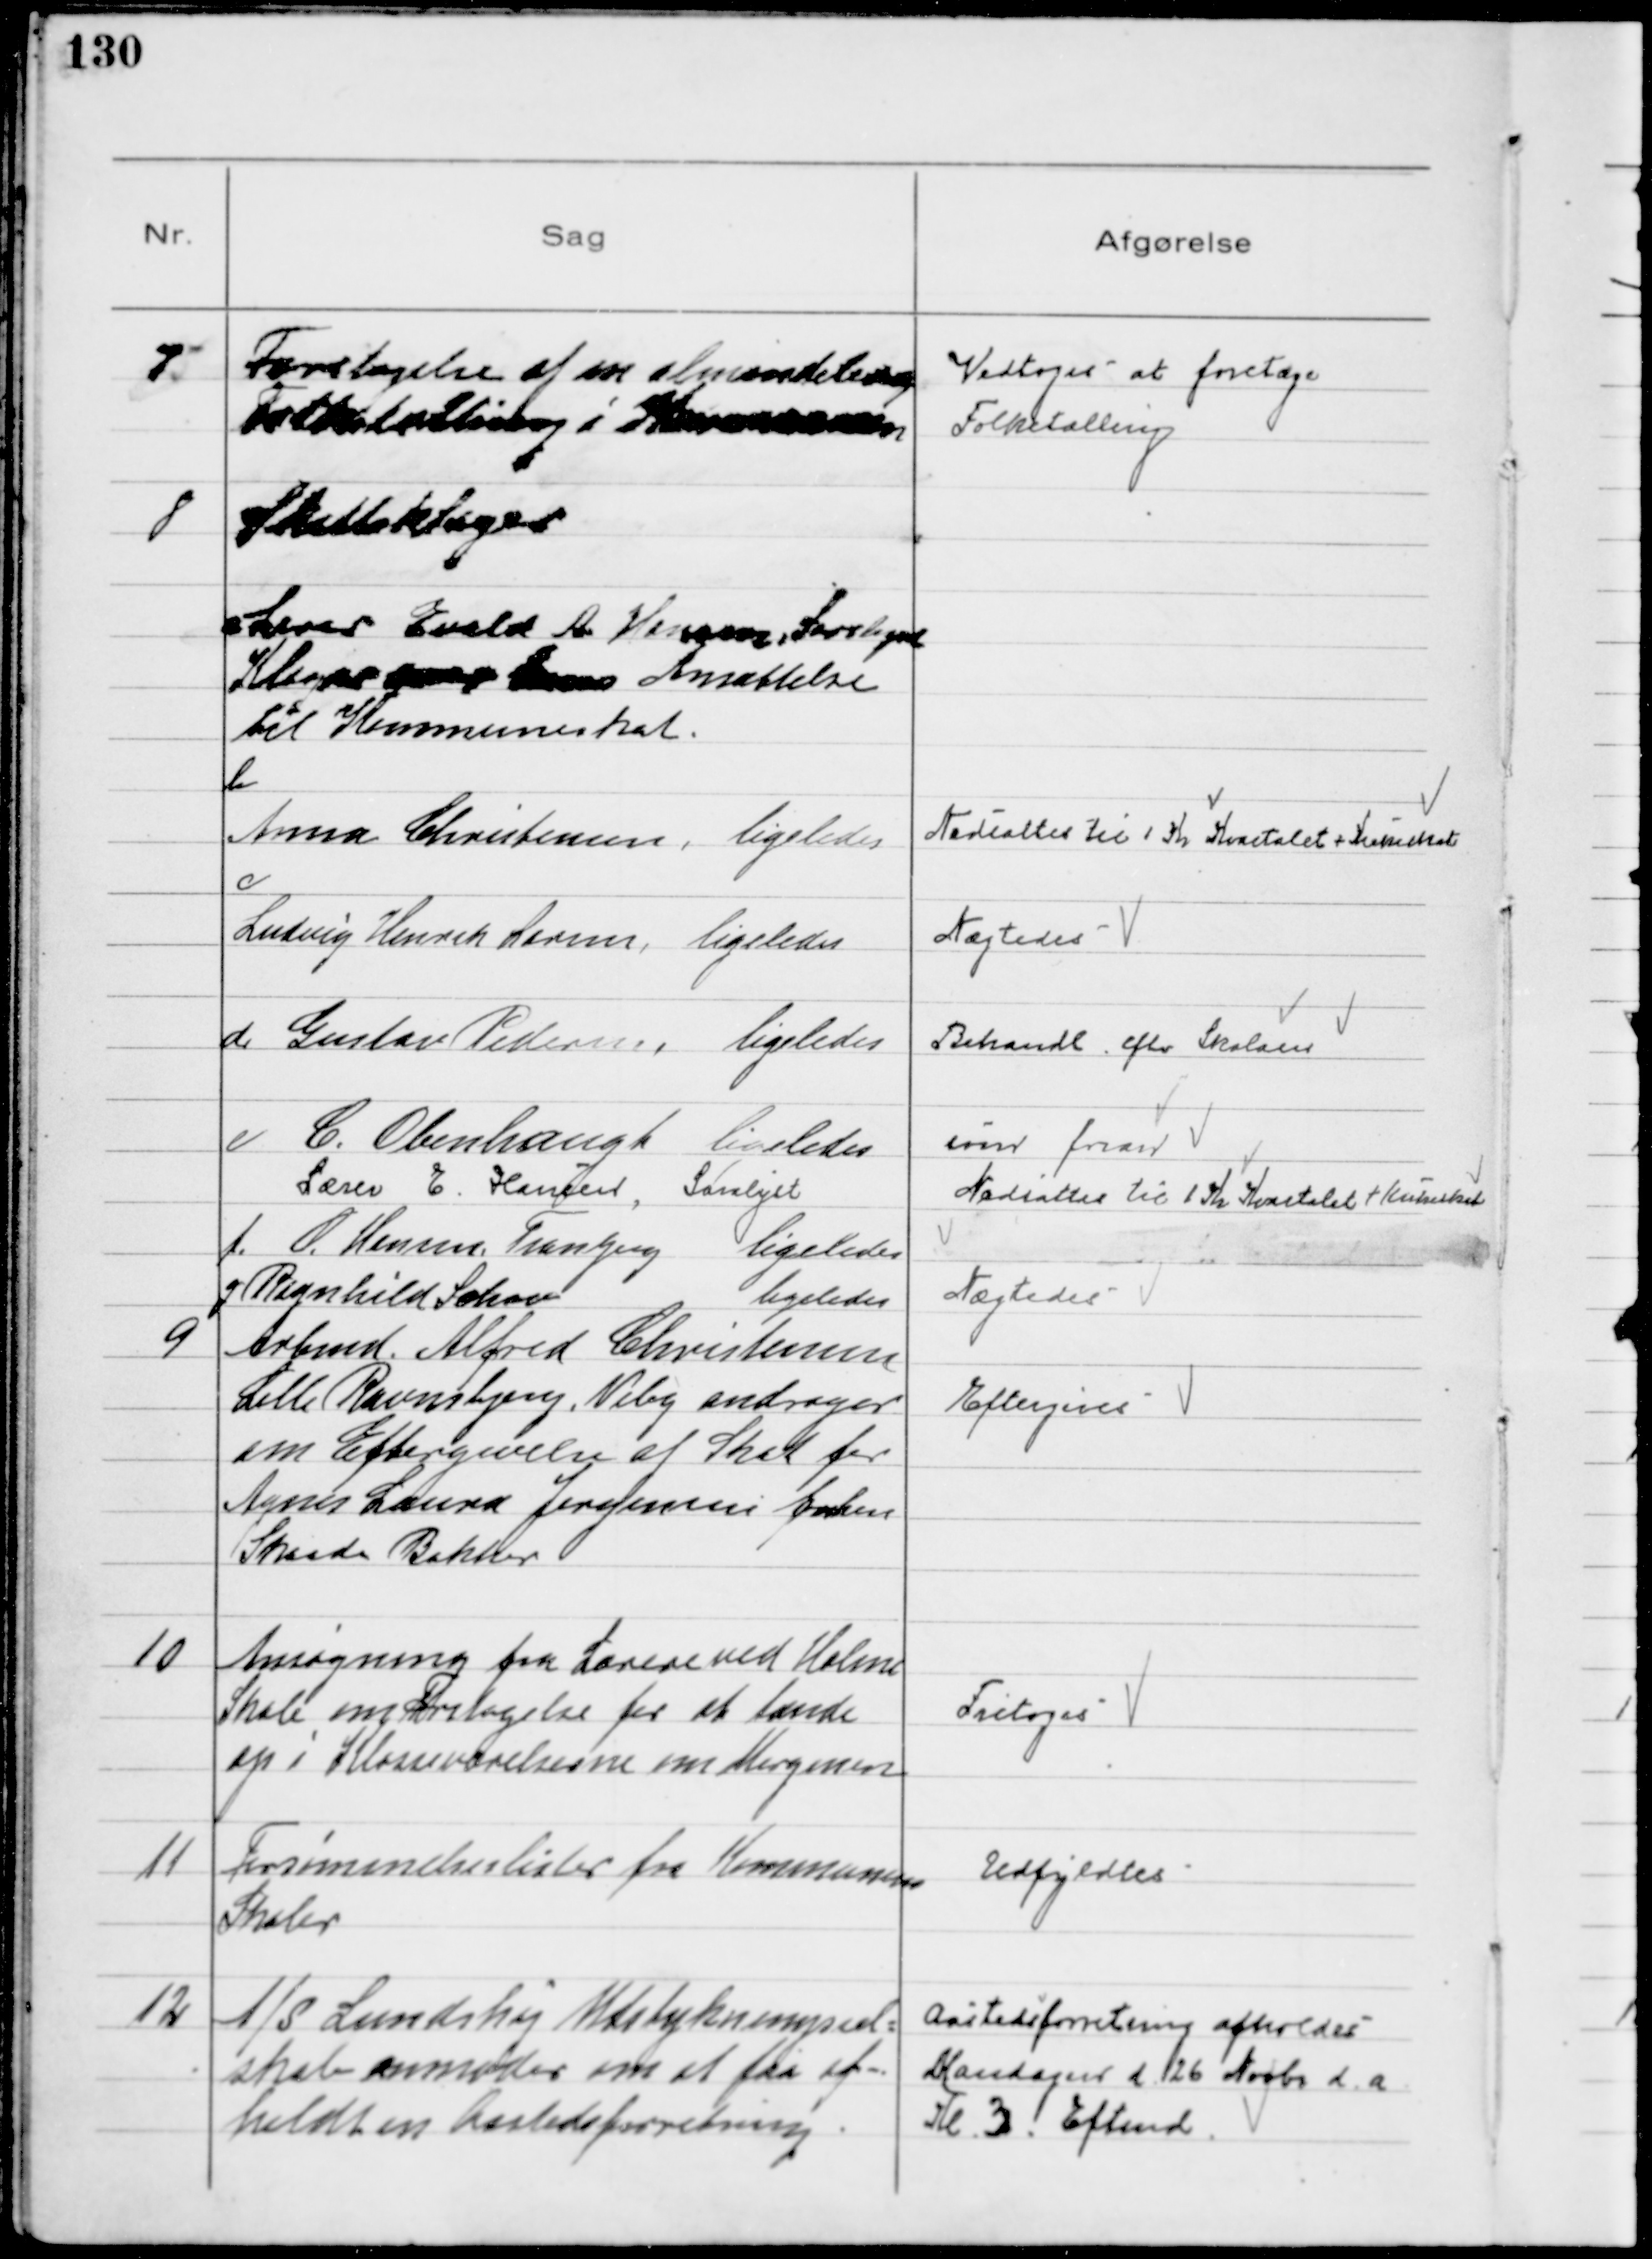
Transskription:
7
Foretagelse af en almindelig
Folketælling i Kommunen

Vedtoges at foretage
Folketælling

8
Skatteklager
Lærer Evald A Hansen, Saralyst
Klager over hans Ansættelse
til Kommuneskat.

b
Anna Christensen, ligeledes

Nedsattes til 1 Kr Kvartalet + Kirkeskat

c
Ludvig Henrik Larsen, ligeledes

Nægtedes

d Gustav Pedersen, ligeledes

Behandl efter Skalaen

e  C. Obenhaugh, ligeledes
som foran
Lærer E Hansen, Saralyst
Nedsattes til 1 Kr Kvartalet + Kirkeskat
f.  O. Hansen Tranbjerg ligeledes
g Ragnhild Schou
ligeledes
Nægtedes
9
Arbmd. Alfred Christensen
Lille Ravnsbjerg, Viby andrager
om Eftergivelse af Skat for
Agnes Laura Jørgensen Enken
Skaade Bakker
Eftergives

10
Ansøgning fra Lærere ved Holme
Skole om Fritagelse for at tænde
op i Klasseværelserne om Morgenen

Fritoges

11
Forsømmelseslister fra Kommunens
Skoler

Udfyldtes

12
A/S Lundshøj Udstykningssel=
skab anmoder om at faa af-
holdt en Aastedsforretning

Aastedsforretning afholdes
Mandagen d 26 Novbr d.a.
Kl. 3. Eftmd.